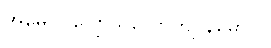
အမေ ပြျောသလောကျ နမှောပဲ။